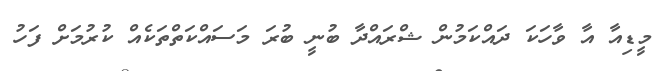
މީޑިއާ އާ ވާހަކަ ދައްކަމުން ޝްރައްދާ ބުނީ ބުރަ މަސައްކަތްތަކެއް ކުރުމަށް ފަހު